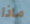
ماذا